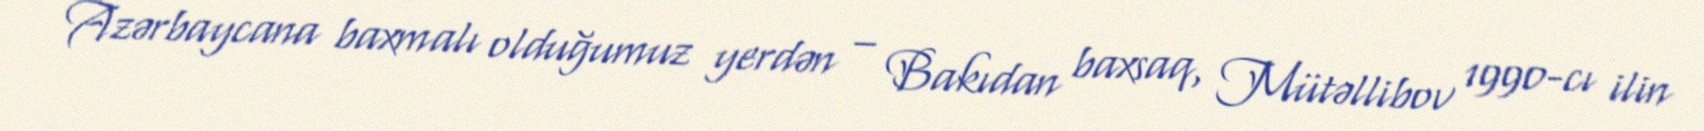
Azərbaycana baxmalı olduğumuz yerdən – Bakıdan baxsaq, Mütəllibov 1990-cı ilin